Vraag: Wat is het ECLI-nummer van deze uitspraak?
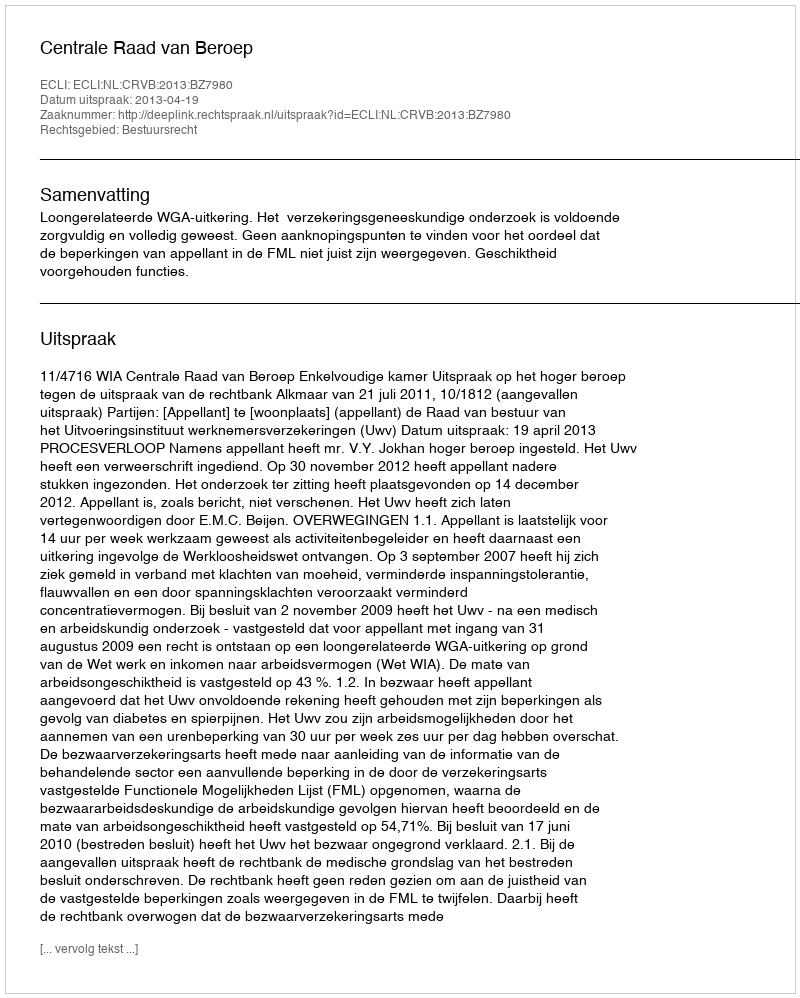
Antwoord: ECLI:NL:CRVB:2013:BZ7980